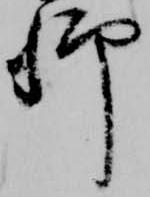
卿